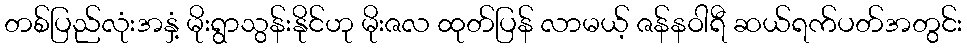
တစ်ပြည်လုံးအနှံ့ မိုးရွာသွန်းနိုင်ဟု မိုးဇလ ထုတ်ပြန် လာမယ့် ဇန်နဝါရီ ဆယ်ရက်ပတ်အတွင်း